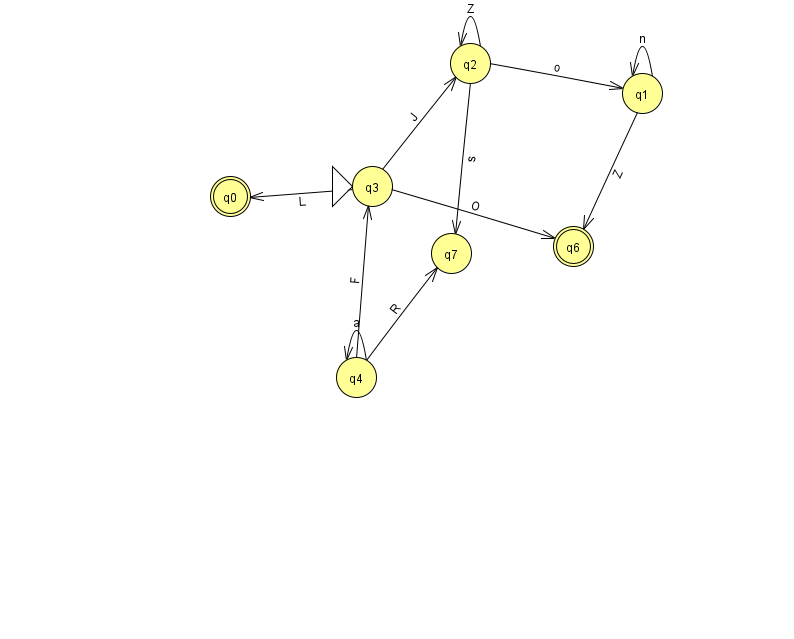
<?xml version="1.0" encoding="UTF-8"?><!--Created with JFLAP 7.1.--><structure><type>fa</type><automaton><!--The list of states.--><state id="0" name="q0"><x>230.0</x><y>183.0</y><final/></state><state id="1" name="q1"><x>642.0</x><y>80.0</y></state><state id="2" name="q2"><x>470.0</x><y>50.0</y></state><state id="3" name="q3"><x>372.0</x><y>173.0</y><initial/></state><state id="4" name="q4"><x>356.0</x><y>364.0</y></state><state id="6" name="q6"><x>573.0</x><y>233.0</y><final/></state><state id="7" name="q7"><x>451.0</x><y>240.0</y></state><!--The list of transitions.--><transition><from>4</from><to>7</to><read>R</read></transition><transition><from>2</from><to>1</to><read>o</read></transition><transition><from>2</from><to>7</to><read>s</read></transition><transition><from>4</from><to>4</to><read>a</read></transition><transition><from>3</from><to>2</to><read>J</read></transition><transition><from>4</from><to>3</to><read>F</read></transition><transition><from>2</from><to>2</to><read>Z</read></transition><transition><from>3</from><to>6</to><read>O</read></transition><transition><from>3</from><to>0</to><read>L</read></transition><transition><from>1</from><to>1</to><read>n</read></transition><transition><from>1</from><to>6</to><read>Z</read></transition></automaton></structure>